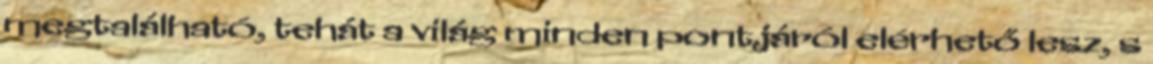
megtalálható, tehát a világ minden pontjáról elérhető lesz, s